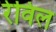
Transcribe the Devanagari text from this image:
रेविल